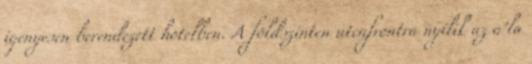
igényesen berendezett hotelben. A földszinten utcafrontra nyílik az a'la